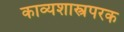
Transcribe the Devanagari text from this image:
काव्यशास्त्रपरक